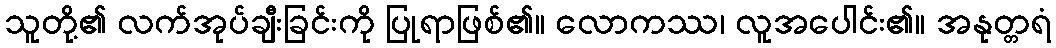
သူတို့၏ လက်အုပ်ချီးခြင်းကို ပြုရာဖြစ်၏။ လောကဿ၊ လူအပေါင်း၏။ အနုတ္တရံ